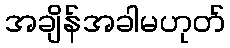
အချိန်အခါမဟုတ်